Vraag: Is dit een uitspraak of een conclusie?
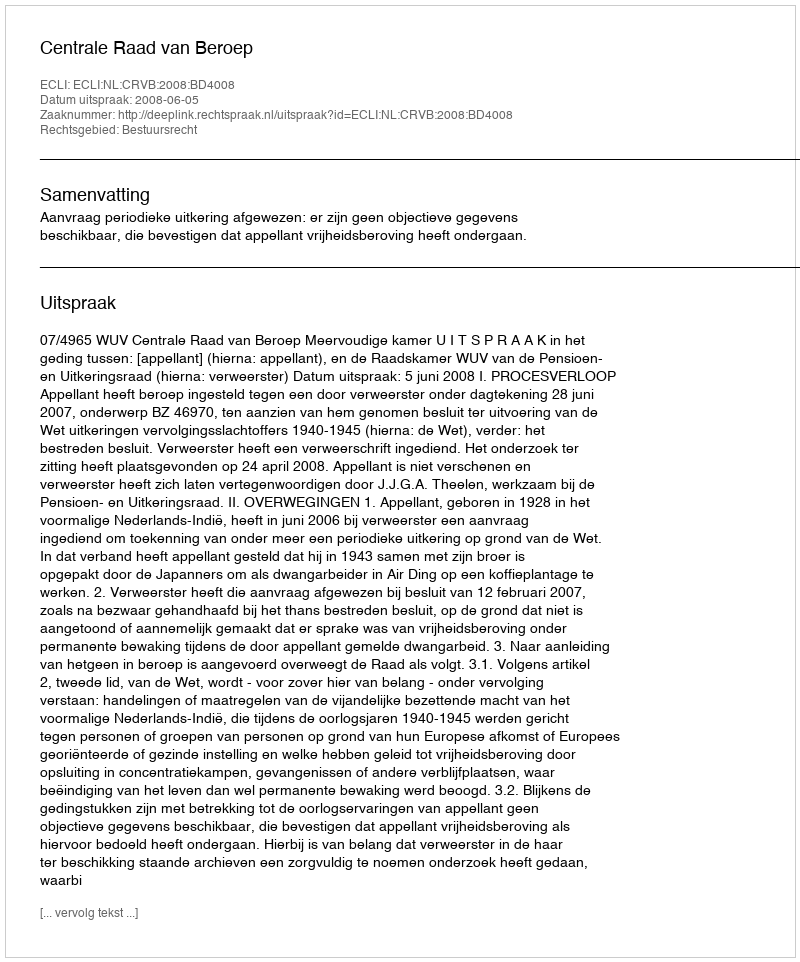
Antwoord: Uitspraak